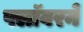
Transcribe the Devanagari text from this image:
फ्लॉवरने